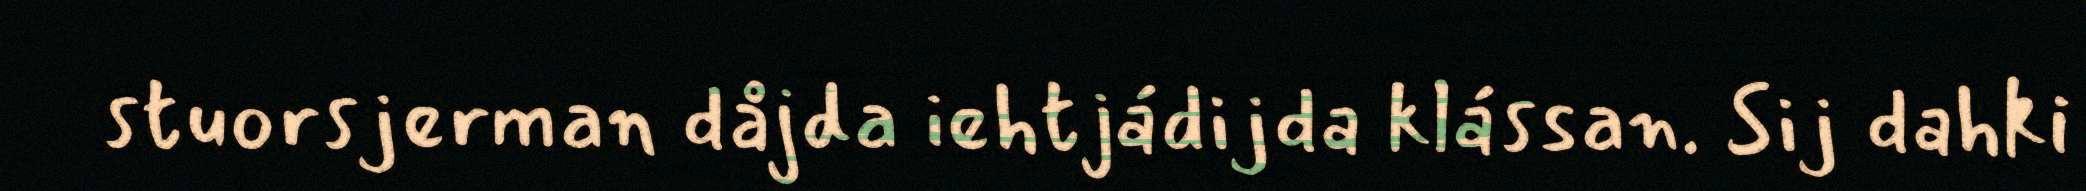
stuorsjerman dåjda iehtjádijda klássan. Sij dahki